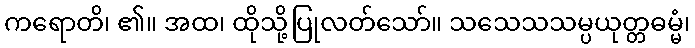
ကရောတိ၊ ၏။ အထ၊ ထိုသို့ပြုလတ်သော်။ သသေသသမ္ပယုတ္တဓမ္မံ၊